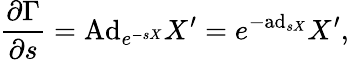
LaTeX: {\frac{\partial\Gamma}{\partial s}}=\mathrm{Ad}_{e^{-sX}}X^{\prime}=e^{-\mathrm{ad}_{sX}}X^{\prime},